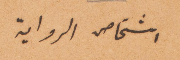
اشخاص الرواية